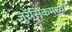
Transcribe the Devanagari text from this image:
जुरॅसिकमध्ये